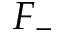
F _ { - }